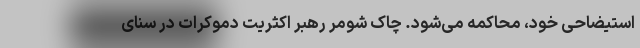
استیضاحی خود، محاکمه می‌شود. چاک شومر رهبر اکثریت دموکرات در سنای